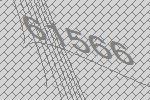
61566